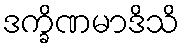
ဒက္ခိဏမာဒိသိ